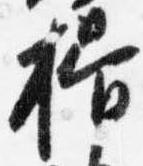
揖